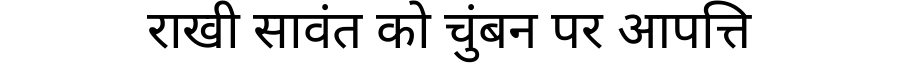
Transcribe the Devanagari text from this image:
राखी सावंत को चुंबन पर आपत्ति